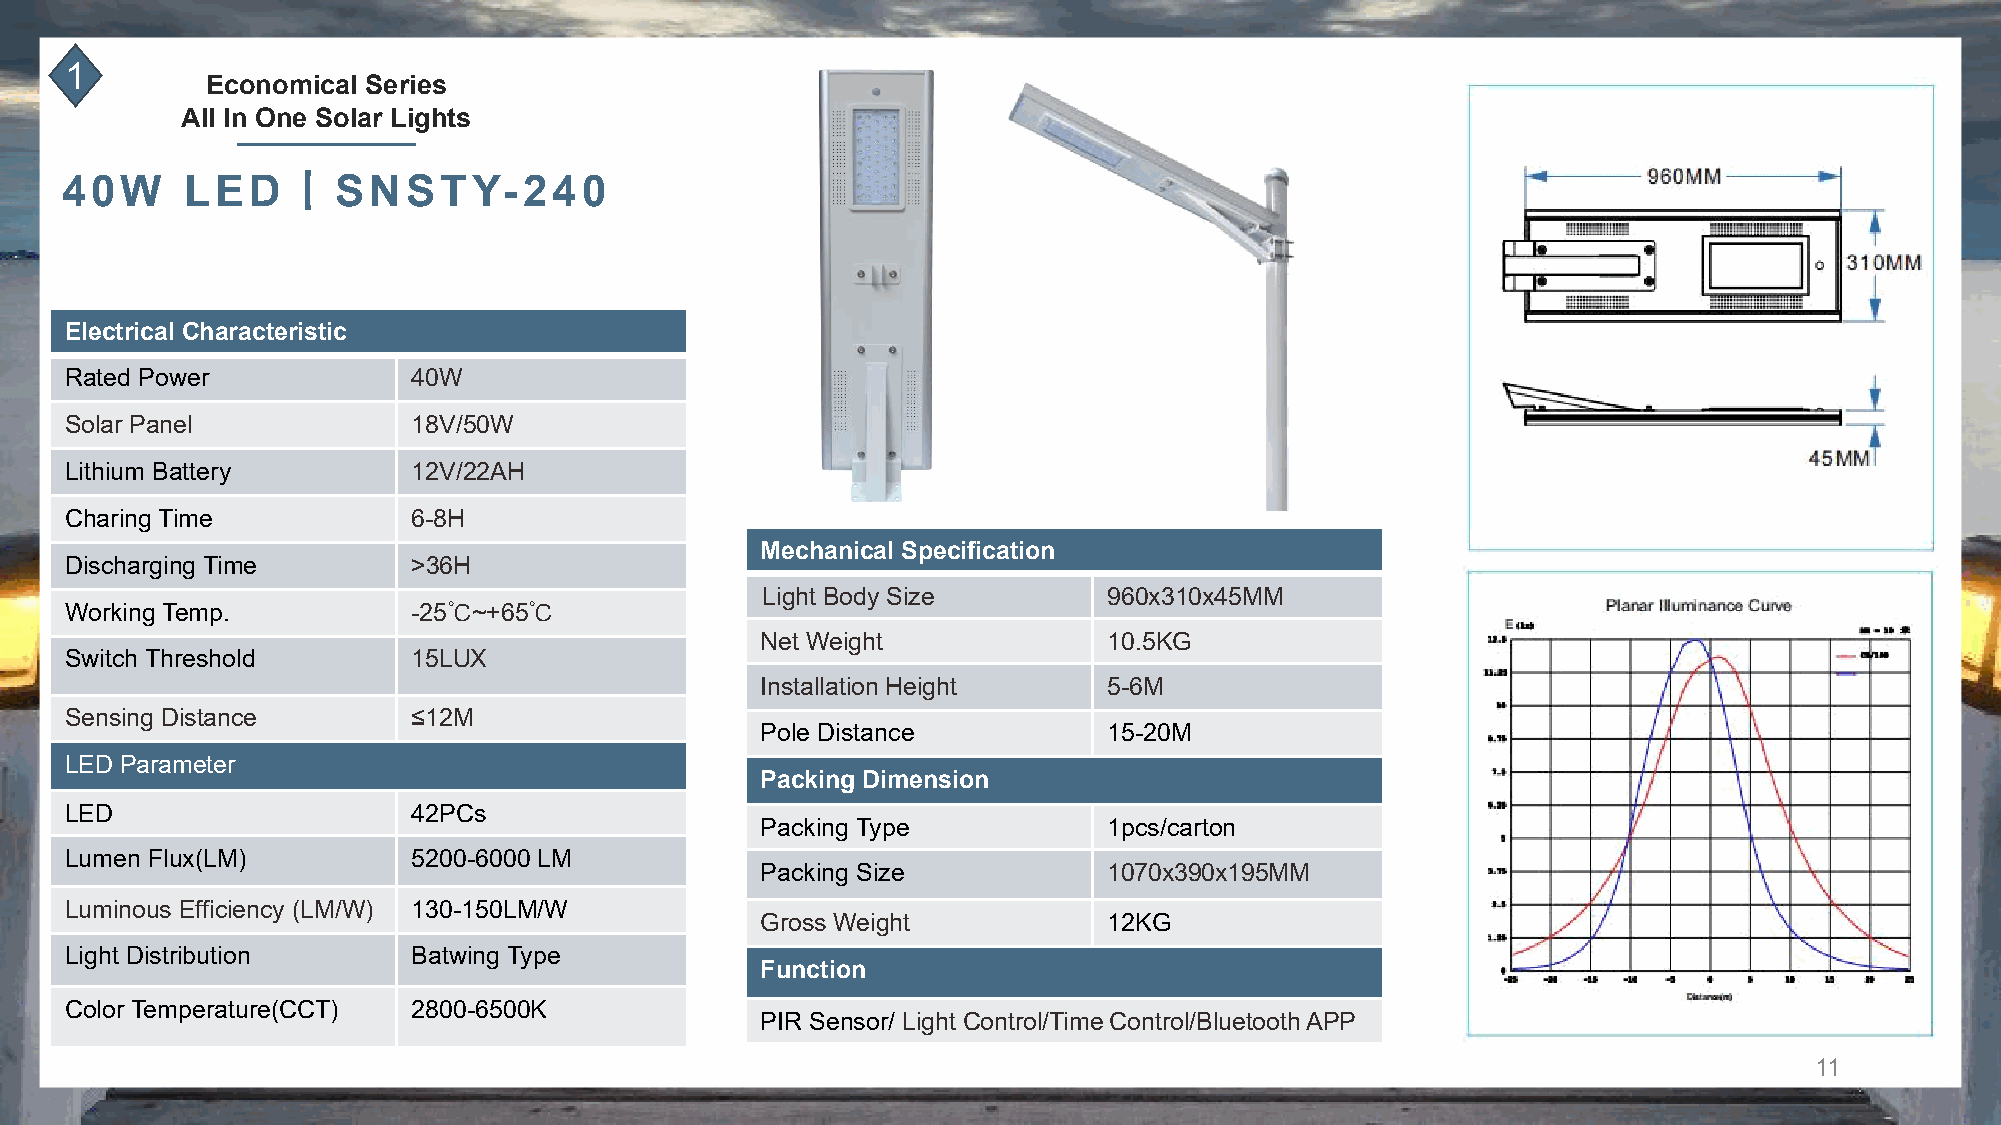
1
 Economical Series
 All In One Solar Lights
 丨
 40W     LED       SNSTY-240
 Electrical Characteristic
 Rated Power            40W
 Solar Panel            18V/50W
 Lithium Battery        12V/22AH
 Charing Time           6-8H
 Mechanical Specification
 Discharging Time       >36H
 Light Body Size        960x310x45MM
 Working Temp.          -25℃~+65℃
 Net Weight             10.5KG
 Switch Threshold       15LUX
 Installation Height    5-6M
 Sensing Distance       ≤12M
 Pole Distance          15-20M
 LED Parameter
 Packing Dimension
 LED                    42PCs
 Packing Type           1pcs/carton
 Lumen Flux(LM)         5200-6000 LM
 Packing Size           1070x390x195MM
 Luminous Efficiency (LM/W) 130-150LM/W
 Gross Weight           12KG
 Light Distribution     Batwing Type
 Function
 Color Temperature(CCT) 2800-6500K
 PIR Sensor/ Light Control/Time Control/Bluetooth APP
 11